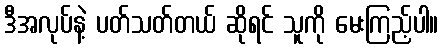
ဒီအလုပ်နဲ့ ပတ်သတ်တယ် ဆိုရင် သူကို မေးကြည့်ပါ။